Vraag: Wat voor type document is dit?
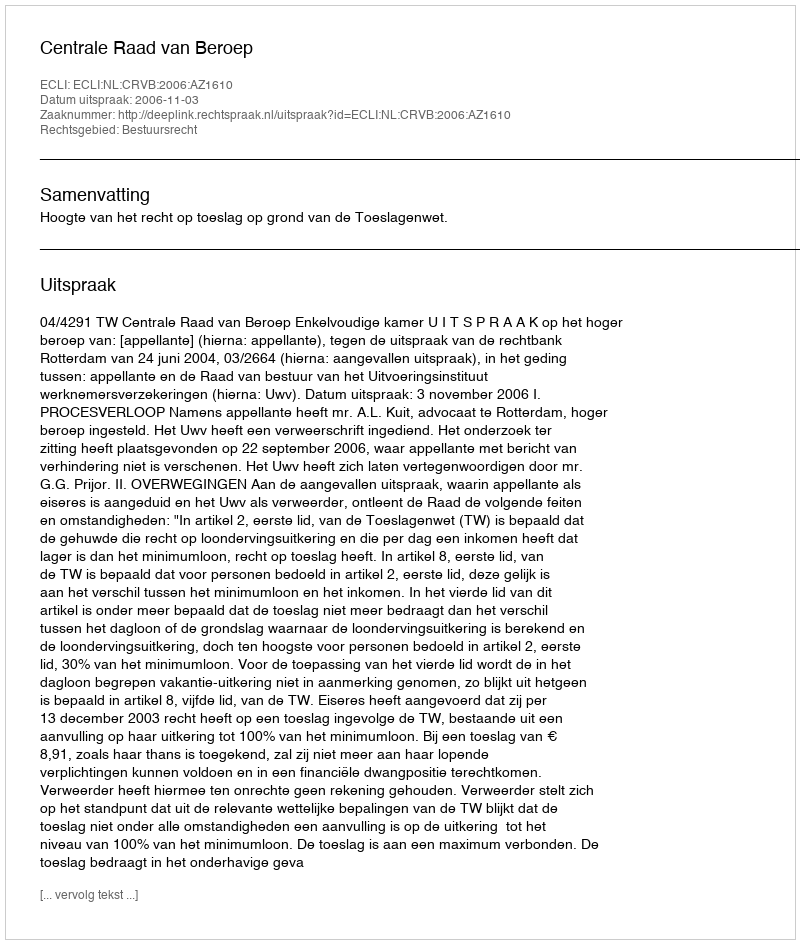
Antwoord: Uitspraak